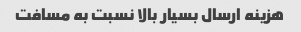
هزینه ارسال بسیار بالا نسبت به مسافت